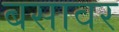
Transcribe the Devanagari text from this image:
बसावर